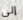
إلى